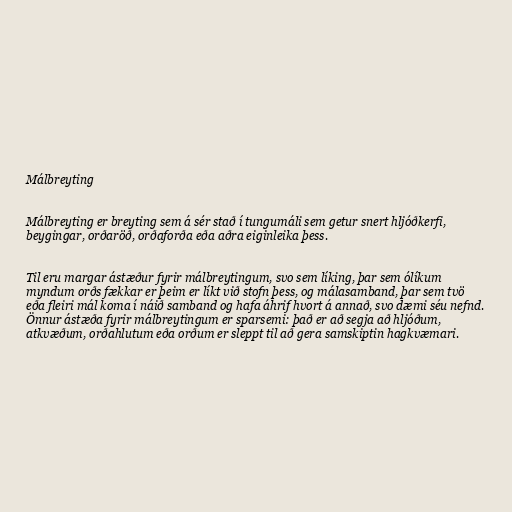
Málbreyting

Málbreyting er breyting sem á sér stað í tungumáli sem getur snert hljóðkerfi,
beygingar, orðaröð, orðaforða eða aðra eiginleika þess.

Til eru margar ástæður fyrir málbreytingum, svo sem líking, þar sem ólíkum
myndum orðs fækkar er þeim er líkt við stofn þess, og málasamband, þar sem tvö
eða fleiri mál koma í náið samband og hafa áhrif hvort á annað, svo dæmi séu nefnd.
Önnur ástæða fyrir málbreytingum er sparsemi: það er að segja að hljóðum,
atkvæðum, orðahlutum eða orðum er sleppt til að gera samskiptin hagkvæmari.